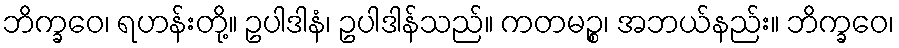
ဘိက္ခဝေ၊ ရဟန်းတို့။ ဥပါဒါနံ၊ ဥပါဒါန်သည်။ ကတမဉ္စ၊ အဘယ်နည်း။ ဘိက္ခဝေ၊